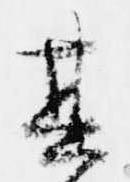
其